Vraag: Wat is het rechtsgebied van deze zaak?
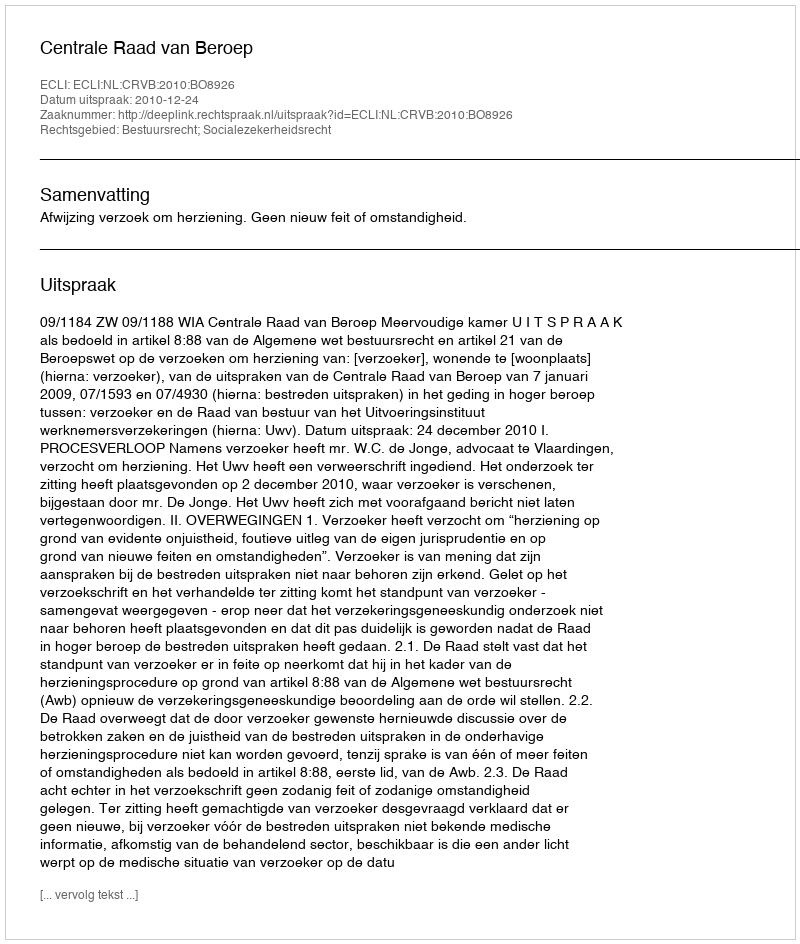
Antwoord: Bestuursrecht; Socialezekerheidsrecht